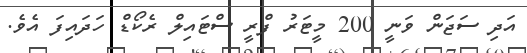
އަދި ސަޖަން ވަނީ 200 މީޓަރު ފްރީ ސްޓައިލް ރެކޯޑް ހަދައިފަ އެވެ.